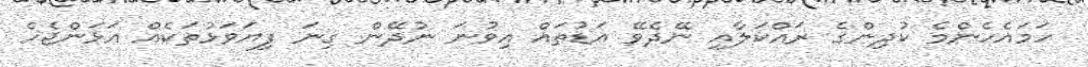
ހަމައެހެންމެ ކުދިންގެ ރައްކަލާއި ނޭދެވޭ އަޑުތައް އިވުނަ ނުދޭން ގިނަ ފިޔަވަޅުތަކެއް އަޅަންޖެހެ